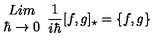
\begin{array} { c } { L i m } \\ { \hbar \rightarrow 0 } \\ \end{array} \frac { 1 } { i \hbar } [ f , g ] _ { \star } = \{ f , g \}